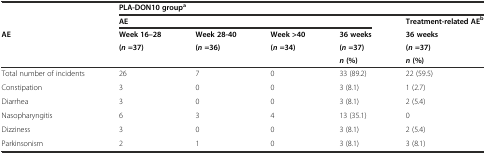
<table><thead><tr><td></td><td colspan="5"><b>PLA-DON10 group<sup>a</sup></b></td></tr><tr><td></td><td colspan="4"><b>AE</b></td><td><b>Treatment-related AE<sup>b</sup></b></td></tr><tr><td rowspan="3"><b>AE</b></td><td><b>Week 16–28</b></td><td><b>Week 28-40</b></td><td><b>Week &gt;40</b></td><td><b>36 weeks</b></td><td><b>36 weeks</b></td></tr><tr><td rowspan="2"><b>(<i>n</i>=37)</b></td><td rowspan="2"><b>(<i>n</i>=36)</b></td><td rowspan="2"><b>(<i>n</i>=34)</b></td><td><b>(<i>n</i>=37)</b></td><td><b>(<i>n</i>=37)</b></td></tr><tr><td><b><i>n</i>(%)</b></td><td><b><i>n</i>(%)</b></td></tr></thead><tbody><tr><td>Total number of incidents</td><td>26</td><td>7</td><td>0</td><td>33 (89.2)</td><td>22 (59.5)</td></tr><tr><td>Constipation</td><td>3</td><td>0</td><td>0</td><td>3 (8.1)</td><td>1 (2.7)</td></tr><tr><td>Diarrhea</td><td>3</td><td>0</td><td>0</td><td>3 (8.1)</td><td>2 (5.4)</td></tr><tr><td>Nasopharyngitis</td><td>6</td><td>3</td><td>4</td><td>13 (35.1)</td><td>0</td></tr><tr><td>Dizziness</td><td>3</td><td>0</td><td>0</td><td>3 (8.1)</td><td>2 (5.4)</td></tr><tr><td>Parkinsonism</td><td>2</td><td>1</td><td>0</td><td>3 (8.1)</td><td>3 (8.1)</td></tr></tbody></table>